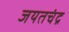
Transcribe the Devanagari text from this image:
जयतचंद्र